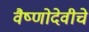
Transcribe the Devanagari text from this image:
वैष्णोदेवीचे